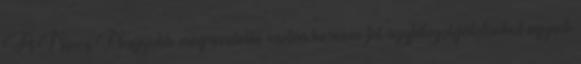
Ft Nincs Nagyobb megrendelés esetén keresse fel ügyfélszolgálatunkat egyedi